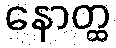
နောတ္ထ